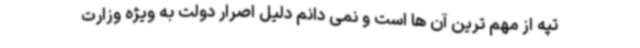
تپه از مهم ترین آن ها است و نمی دانم دلیل اصرار دولت به ویژه وزارت